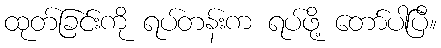
ထုတ်ခြင်းကို ရပ်တန်းက ရပ်ဖို့ တော်ပါပြီ။